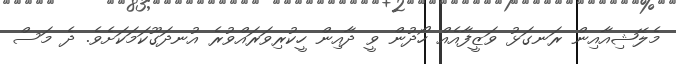
މެލޭޝިއާއިން ރަނގަޅު ވަޒީފާއެއް ހޯދުން ވީ ދާއިން ހީކުރިވަރައްވުރެ އުނދަގޫކަމަކަށެވެ. ދެ މަސް